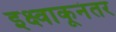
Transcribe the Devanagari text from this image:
इक्ष्वाकूनंतर